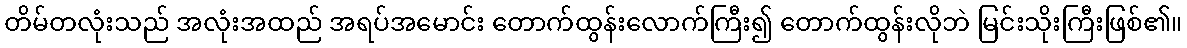
တိမ်တလုံးသည် အလုံးအထည် အရပ်အမောင်း တောက်ထွန်းလောက်ကြီး၍ တောက်ထွန်းလိုဘဲ မြင်းသိုးကြီးဖြစ်၏။